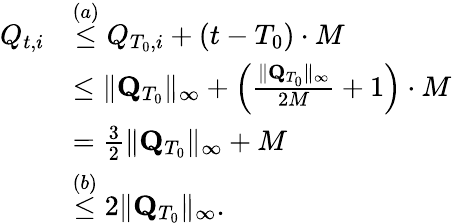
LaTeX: \begin{array}{rl}{Q_{t,i}}&{\stackrel{(a)}\le Q_{T_{0},i}+(t-T_{0})\cdot M}\\ &{\le\lVert\mathbf Q_{T_{0}}\rVert_{\infty}+\left(\frac{\lVert\mathbf Q_{T_{0}}\rVert_{\infty}}{2M}+1\right)\cdot M}\\ &{=\frac 32\lVert\mathbf Q_{T_{0}}\rVert_{\infty}+M}\\ &{\stackrel{(b)}\le 2\lVert\mathbf Q_{T_{0}}\rVert_{\infty}.}\end{array}